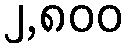
၂,၈၀၀